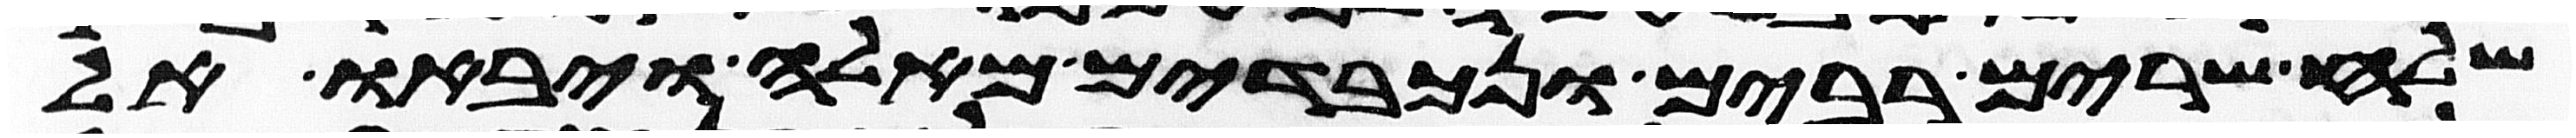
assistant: שלח שרים רבים ונכבדים מאלה ויבאו אל